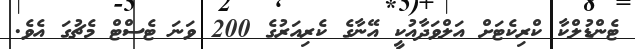
ޓެންޑުލްކާ ކްރިކެޓަށް އަލްވަދާއުކީ އޭނާގެ ކެރިއަރުގެ 200 ވަނަ ޓެސްޓް މެޗުގަ އެވެ.